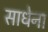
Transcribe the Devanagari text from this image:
साधेना